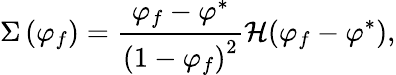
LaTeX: \Sigma\left(\varphi_{f}\right)=\frac{\varphi_{f}-\varphi^{*}}{\left(1-\varphi_{f}\right)^{2}}\mathcal{H}(\varphi_{f}-\varphi^{*}),